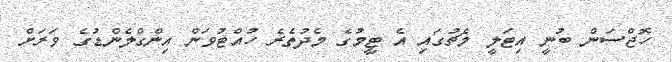
ހޮޖްސަން ބުނީ އިޓަލީ މެޗުގައި އެ ޓީމުގެ މެދުތެރެ ހުއްޓުވަން އިންގްލެންޑުގެ ވަރަށް